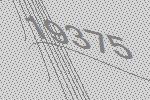
19375